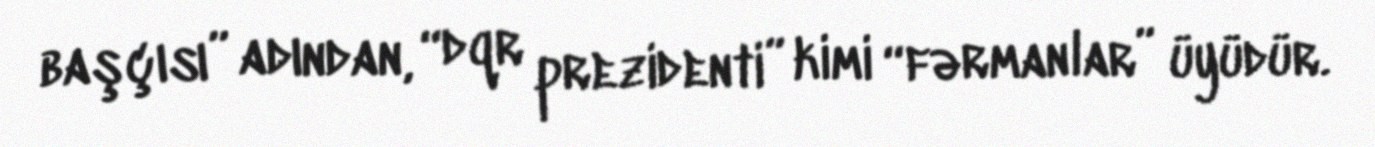
başçısı” adından, “dqr prezidenti” kimi “fərmanlar” üyüdür.